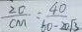
\frac { 2 0 } { C M } = \frac { 4 0 } { 6 0 - 2 0 \sqrt { 3 } }